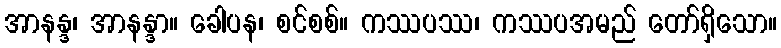
အာနန္ဒ၊ အာနန္ဒာ။ ခေါပန၊ စင်စစ်။ ကဿပဿ၊ ကဿပအမည် တော်ရှိသော။